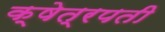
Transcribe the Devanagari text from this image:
क्षेत्रपती